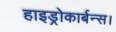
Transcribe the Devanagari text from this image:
हाइड्रोकार्बन्स।